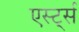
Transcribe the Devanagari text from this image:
एर्स्ट्स